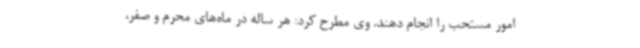
امور مستحب را انجام دهند. وی مطرح کرد: هر ساله در ماه‌های محرم و صفر،